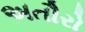
અતૌરો